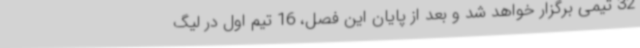
32 تیمی برگزار خواهد شد و بعد از پایان این فصل، 16 تیم اول در لیگ